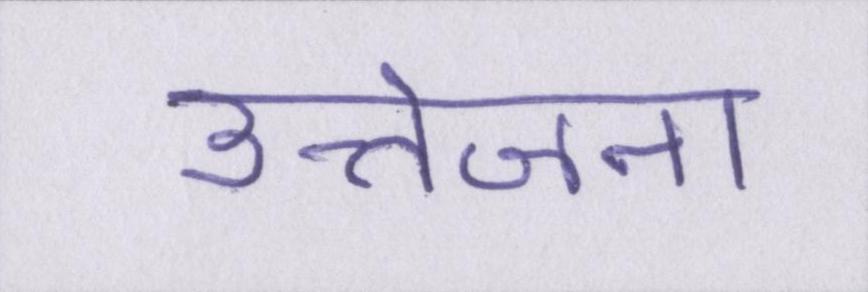
उत्तेजना